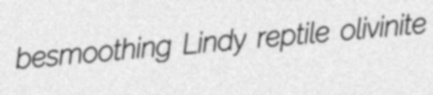
besmoothing Lindy reptile olivinite